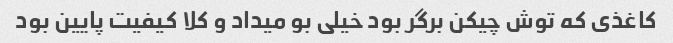
کاغذی که توش چیکن برگر بود خیلی بو میداد و کلا کیفیت پایین بود